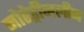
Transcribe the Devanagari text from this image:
नोरेड्रीनलीन